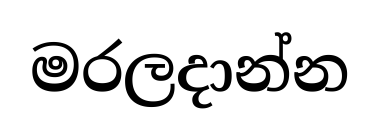
මරලදාන්න